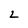
Character: 2